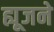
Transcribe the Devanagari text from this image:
ह्यूजने